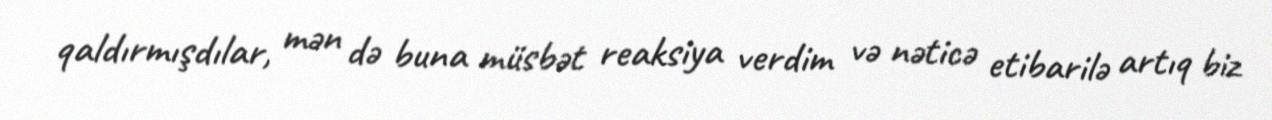
qaldırmışdılar, mən də buna müsbət reaksiya verdim və nəticə etibarilə artıq biz